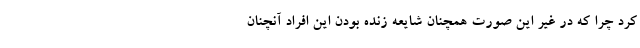
کرد چرا که در غیر این صورت همچنان شایعه زنده بودن این افراد آنچنان